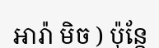
អារ៉ា មិច ) ប៉ុន្តែ